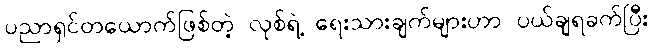
ပညာရှင်တယောက်ဖြစ်တဲ့ လုစ်ရဲ့ ရေးသားချက်များဟာ ပယ်ချရခက်ပြီး